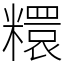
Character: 糫